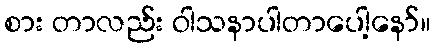
စား တာလည်း ဝါသနာပါတာပေါ့နော်။